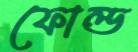
ফোল্ড